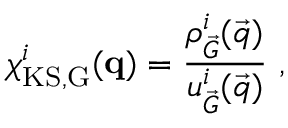
\chi _ { \mathrm { K S , \vec { G } } } ^ { i } ( \mathbf { q } ) = \frac { { \rho _ { \vec { G } } ^ { i } ( \vec { q } ) } } { { u _ { \vec { G } } ^ { i } ( \vec { q } ) } } \ ,